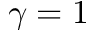
\gamma = 1